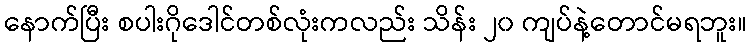
နောက်ပြီး စပါးဂိုဒေါင်တစ်လုံးကလည်း သိန်း ၂၀ ကျပ်နဲ့တောင်မရဘူး။